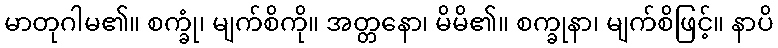
မာတုဂါမ၏။ စက္ခုံ၊ မျက်စိကို။ အတ္တနော၊ မိမိ၏။ စက္ခုနာ၊ မျက်စိဖြင့်။ နာပိ